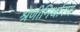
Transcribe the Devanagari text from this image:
श्रेणीनिर्धारण